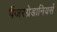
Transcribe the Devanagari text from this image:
पैंजरग्रेडानियर्स